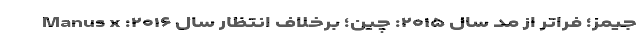
جیمز؛ فراتر از مد سال ۲۰۱۵: چین؛ برخلاف انتظار سال ۲۰۱۶: Manus x